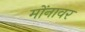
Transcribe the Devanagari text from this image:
मोंनावर